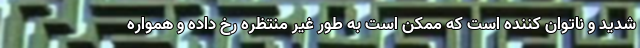
شدید و ناتوان کننده است که ممکن است به طور غیر منتظره رخ داده و همواره